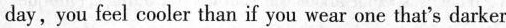
day, you feel cooler than if you wear one that’s darker